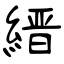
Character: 縉